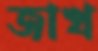
জাখ